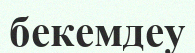
бекемдеу